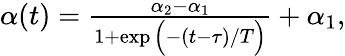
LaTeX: \begin{array}{r}{\alpha(t)=\frac{\alpha_{2}-\alpha_{1}}{1+\exp\Big(-(t-\tau)/T\Big)}+\alpha_{1},}\end{array}